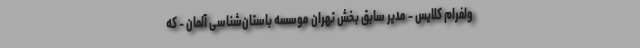
ولفرام کلایس - مدیر سابق بخش تهرانِ موسسه باستان‌شناسی آلمان - که